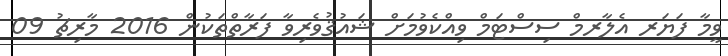
ވީމާ ފަޔަރ އެލާރމް ސިސްޓަމް ވިއްކެވުމަށް ޝައުޤުވެރިވާ ފަރާތްތަކުން 2016 މާރިޗު 09